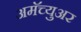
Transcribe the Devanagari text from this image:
अमॅच्युअर